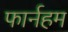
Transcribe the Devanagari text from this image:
फार्नहम